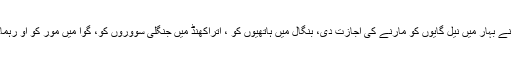
بقول مینکا گاندھی وزارت نے بہار میں نیل گایوں کو مارنے کی اجازت دی، بنگال میں ہاتھیوں کو ، اتراکھنڈ میں جنگلی سووروں کو، گوا میں مور کو او رہماچل پردیش میں بندروں کو۔